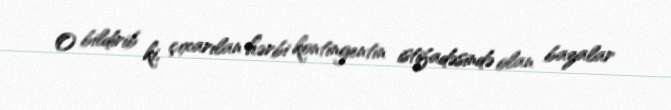
O bildirib ki, çıxarılan hərbi kontingentin istifadəsində olan bazalar